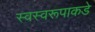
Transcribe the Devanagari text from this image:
स्वस्वरूपाकडे